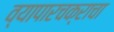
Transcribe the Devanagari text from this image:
व्यापारचक्राचा